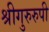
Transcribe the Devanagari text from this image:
श्रीगुरुरुपी